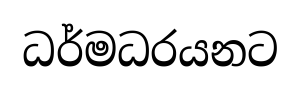
ධර්මධරයනට